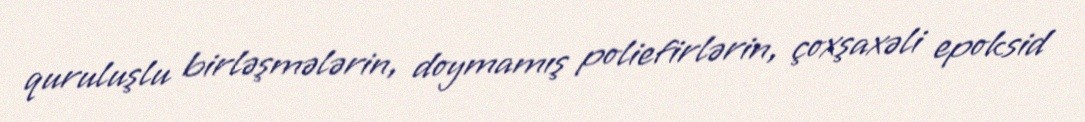
quruluşlu birləşmələrin, doymamış poliefirlərin, çoxşaxəli epoksid